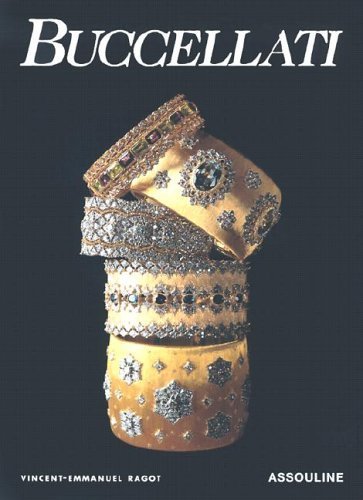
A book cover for Buccellati; Vincent-Emmanuel Ragot; Crafts, Hobbies & Home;